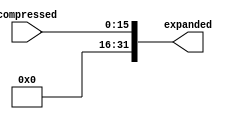
module expander(
    // Map C instructions to RV32I
    input [15:0] compressed,
    output [31:0] expanded
    );
    wire [31:0] temp;
    assign temp[15:0] = compressed;
    assign temp[31:16] = 0;
    assign temp[29] = 1;
    assign expanded = temp;
endmodule